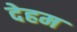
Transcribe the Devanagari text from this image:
देहम